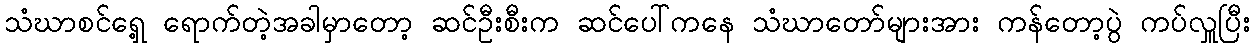
သံဃာစင်ရှေ့ ရောက်တဲ့အခါမှာတော့ ဆင်ဦးစီးက ဆင်ပေါ်ကနေ သံဃာတော်များအား ကန်တော့ပွဲ ကပ်လှူပြီး